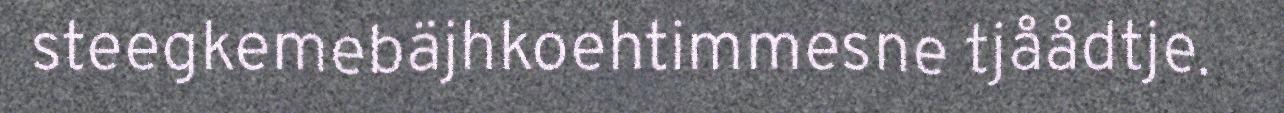
steegkemebäjhkoehtimmesne tjåådtje.